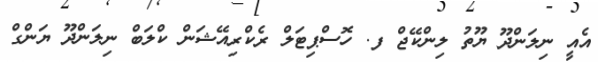
އެއީ ނިލަންދޫ ޔޫތު ލިންކޭޖް ފ. ހޮސްޕިޓަލް ރެކްރިއޭޝަން ކްލަބް ނިލަންދޫ ޔަންގް